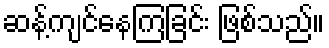
ဆန့်ကျင်နေကြခြင်း ဖြစ်သည်။